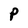
Character: P